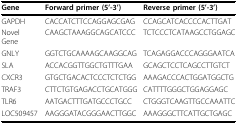
<table><thead><tr><td><b>Gene</b></td><td><b>Forward primer (5&#x27;-3&#x27;)</b></td><td><b>Reverse primer (5&#x27;-3&#x27;)</b></td></tr></thead><tbody><tr><td>GAPDH</td><td>CACCATCTTCCAGGAGCGAG</td><td>CCAGCATCACCCCACTTGAT</td></tr><tr><td>Novel Gene</td><td>CAAGCTAAAGGCAGCATCCC</td><td>TCTCCCTCATAAGCCTGGAGC</td></tr><tr><td>GNLY</td><td>GGTCTGCAAAAGCAAGGCAG</td><td>TCAGAGGACCCAGGGAATCA</td></tr><tr><td>SLA</td><td>ACCACGGTTGGCTGTTTGAA</td><td>GCAGCTCCTCAGCCTTGTCT</td></tr><tr><td>CXCR3</td><td>GTGCTGACACTCCCTCTCTGG</td><td>AAAGACCCACTGGATGGCTG</td></tr><tr><td>TRAF3</td><td>CTTCTGTGAGACCTGCATGGG</td><td>CATTTTGGGCTGGAGGAGC</td></tr><tr><td>TLR6</td><td>AATGACTTTGATGCCCTGCC</td><td>CTGGGTCAAGTTGCCAAATTC</td></tr><tr><td>LOC509457</td><td>AAGGGATACGGGAACTTGGC</td><td>AAAGGGCTTCATTGCTGAGC</td></tr></tbody></table>